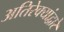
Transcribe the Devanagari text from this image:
अतिरेक्यांद्वारे